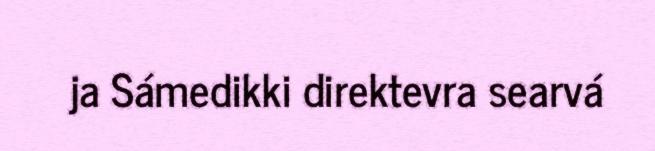
ja Sámedikki direktevra searvá